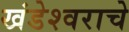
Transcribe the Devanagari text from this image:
खंडेश्वराचे